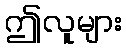
ဤလူများ